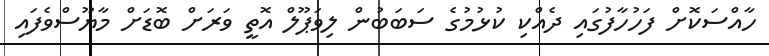
ހާއްސަކޮށް ފަހުހާފުގައި ދެއްކި ކުޅުމުގެ ސަބަބުން ލިވަޕޫލް އޮތީ ވަރަށް ބޮޑަށް މާޔޫސްވެފައި